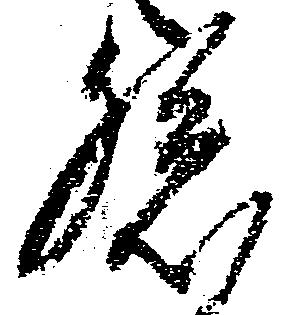
孫